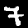
Label: 7